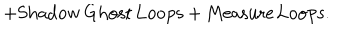
+ \mathrm { S h a d o w \, G h o s t \, L o o p s } + \mathrm { M e a s u r e \, L o o p s } .